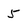
Character: 5